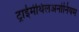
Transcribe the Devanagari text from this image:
ट्राईमेथिलअनोनियम